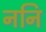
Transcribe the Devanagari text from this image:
ननि